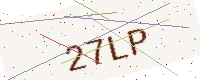
Text: 27LP